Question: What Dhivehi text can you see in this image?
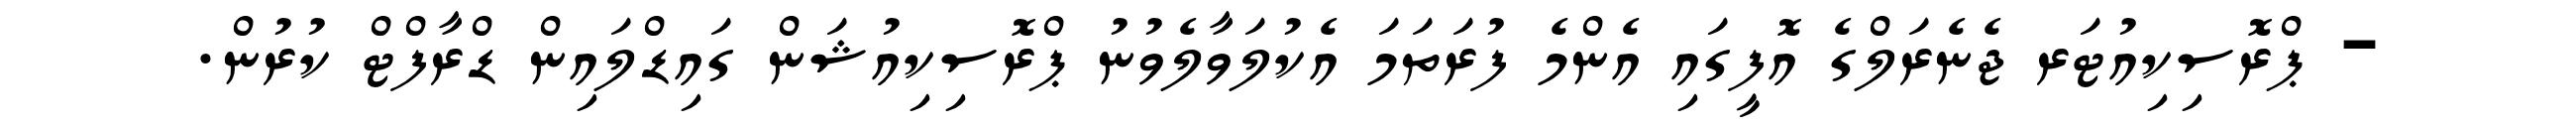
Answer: - ޕްރޮސިކިއުޓަރ ޖެނެރަލްގެ އޮފީގައި އެންމެ ފުރަތަމަ އެކުލަވާލެވުނު ޕްރޮސިކިއުޝަން ގައިޑްލައިން ޑްރާފްޓް ކުރުން.